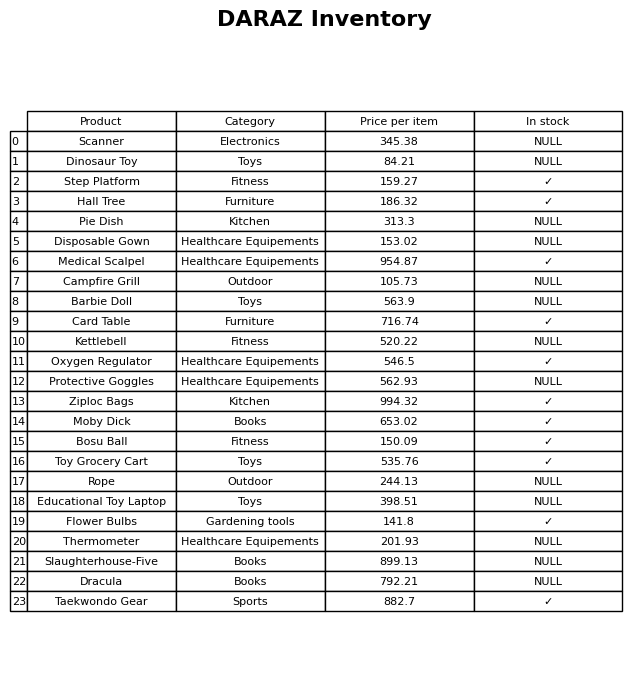
question: Is the Barbie Doll in stock?
answer: NULL